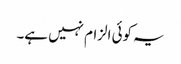
یہ کوئی الزام نہیں ہے۔